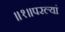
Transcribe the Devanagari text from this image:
॥१॥परल्यां